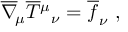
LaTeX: \overline { { \nabla } } _ { \! \mu } \overline { { T } } { ^ \mu } { _ \nu } = \overline { { f } } _ { \nu } \ ,